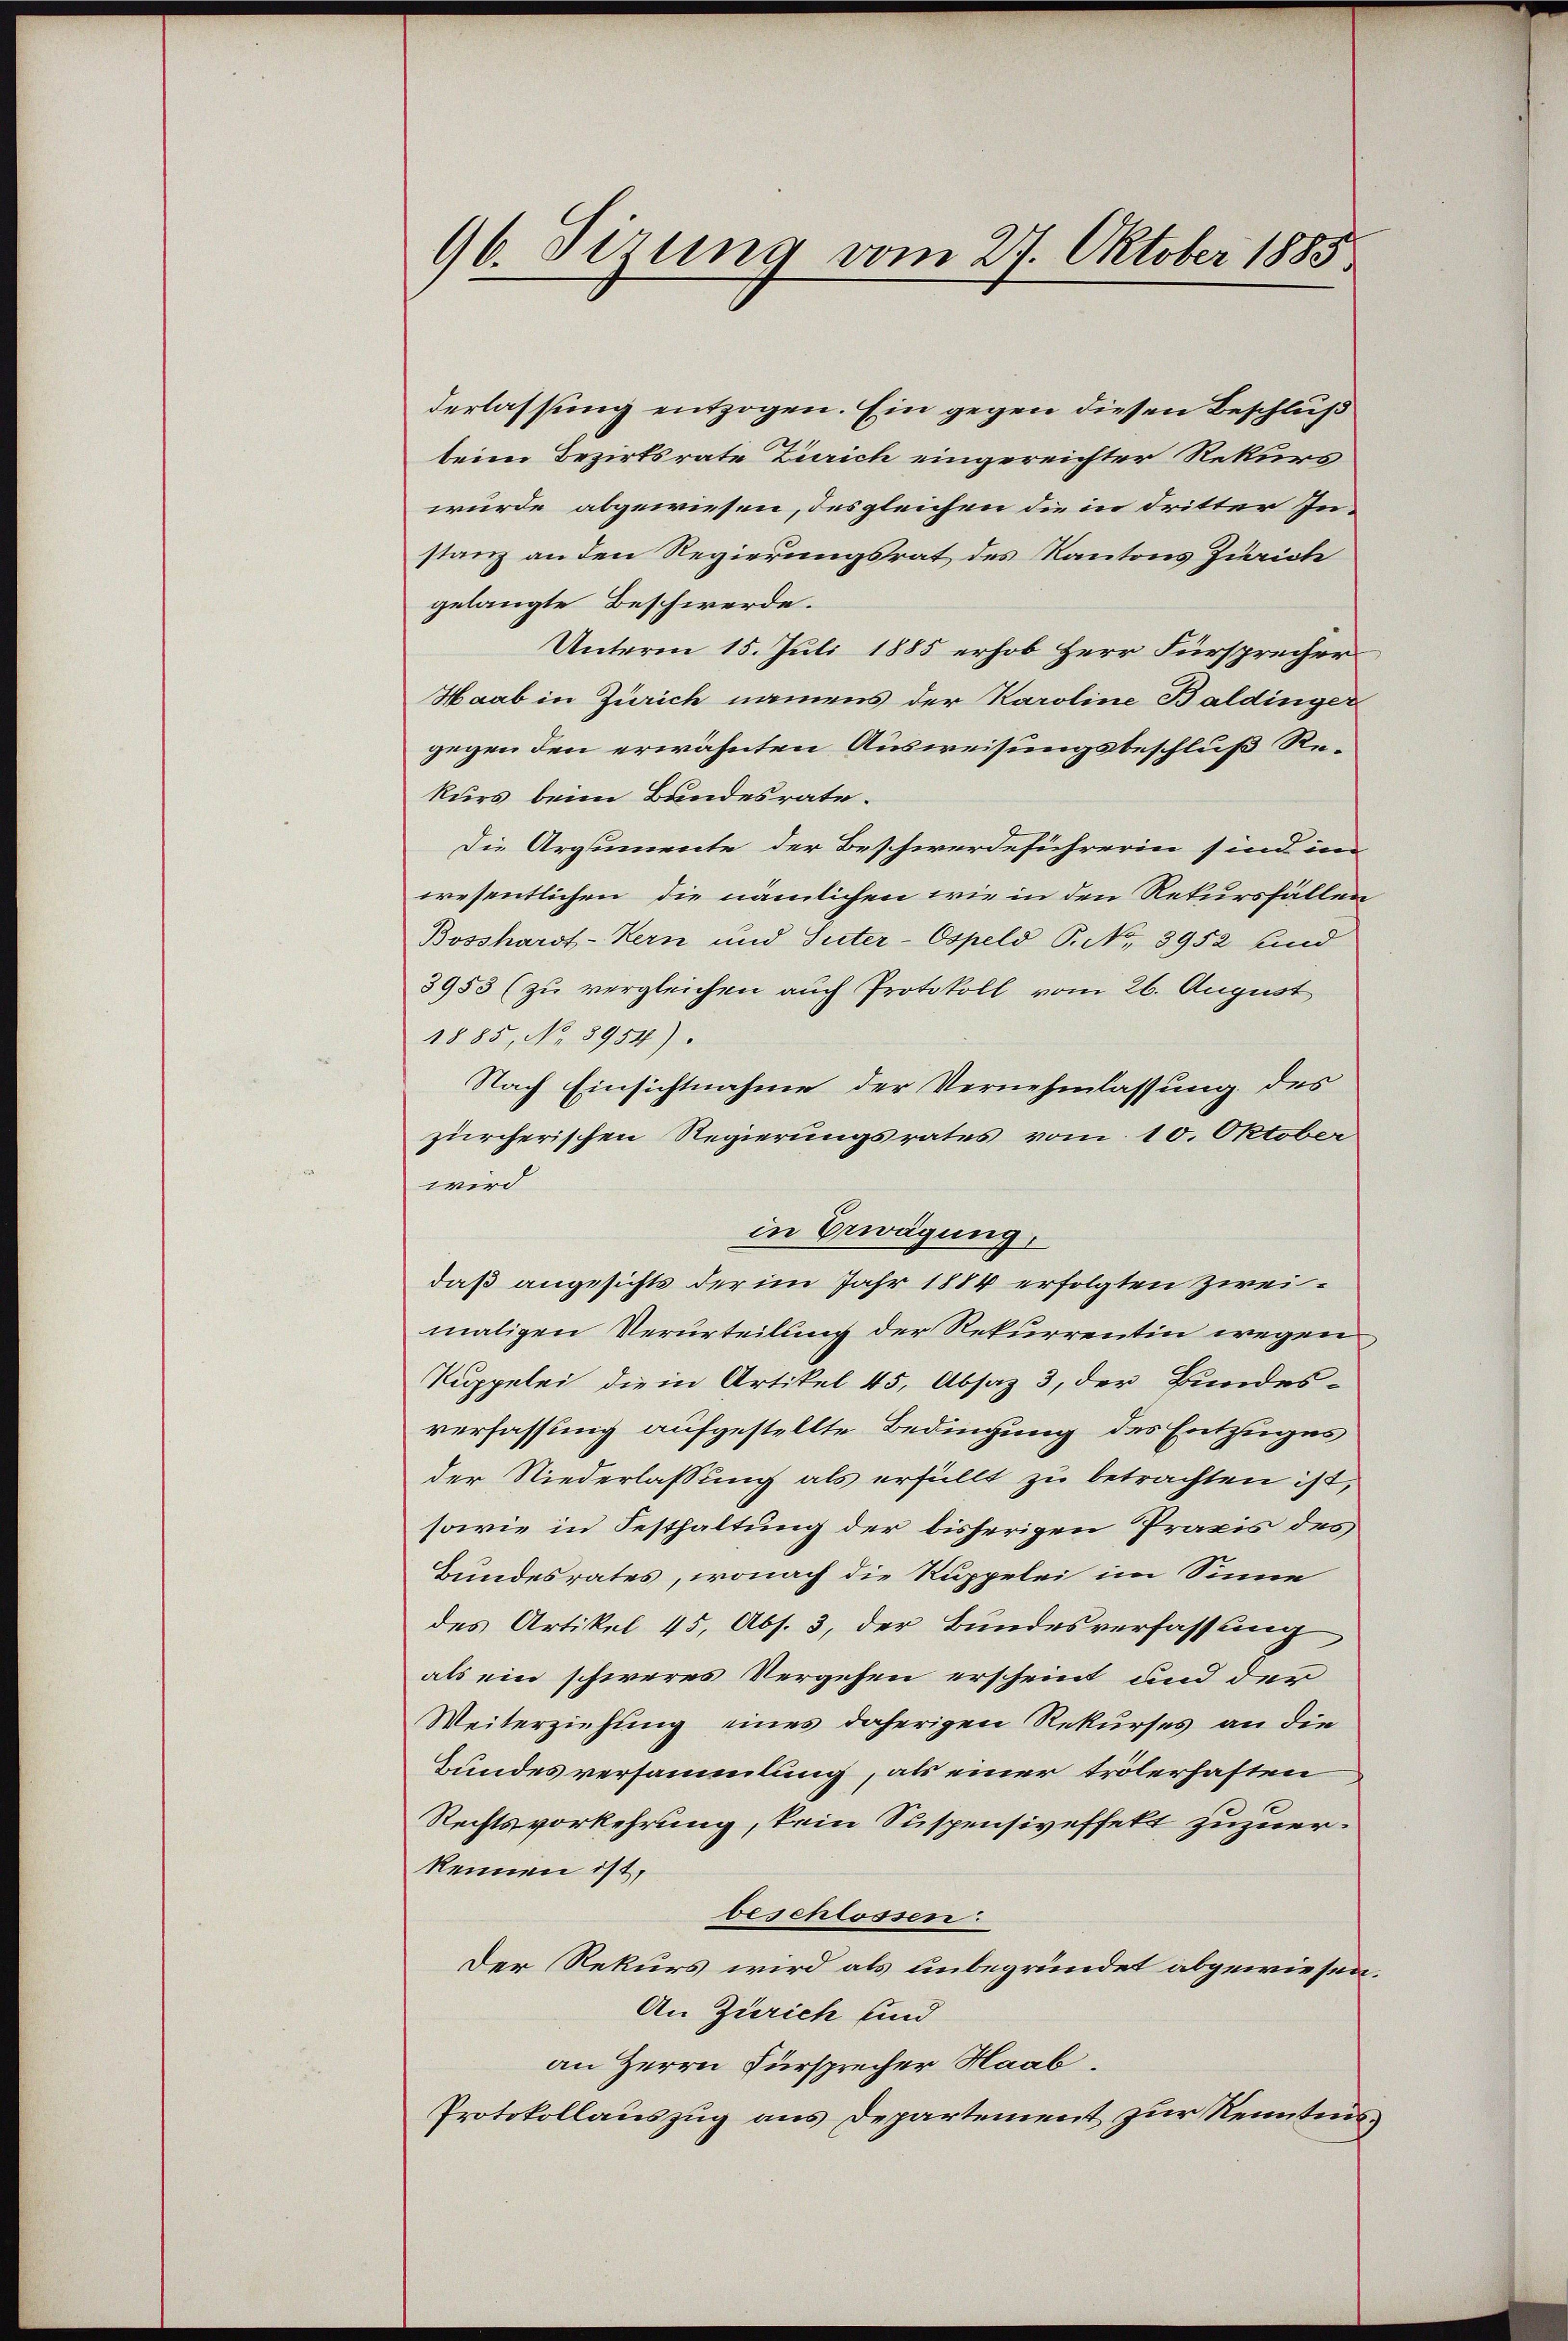
96. Sizung vom 27. Oktober 1885

derlassung entzogen. Ein gegen diesen Beschluß
beim Bezirksrate Zürich eingereichter Rekurs
wurde abgewiesen, des gleichen die in dritter Instanz an den Regierungsrat des Kantons Zürich
gelangte Beschwerde.
Unterm 15. Juli 1885 erhob Herr Fürsprecher
Haab in Zürich namens der Karoline Baldinger
gegen den erwähnten Ausweisungsbeschluß Rekurs beim Bundesrate.
Die Argumente der Beschwerdeführerin sind im
wesentlichen, die nämlichen wie in den Rekursfällen
Bosshardt-Kern und Suter-Ospeld P. No. 3952 sind
3953 (zu vergleichen auch Protokoll vom 26. August
1885, No 8954).
Nach Einsichtnahme der Vernehmlassung des
zürcherischen Regierungsrates vom 10. Oktober
wird
in Erwägung,
daß angesichts der im Jahr 1884 erfolgten zweimaligen Verurteilung der Rekurrentin wegen
Kuppelei die in Artikel 45, Absaz 3, der Bundes-
verfassung aufgestellte Bedingung des Entzuges
der Niederlassung als erfüllt zu betrachten ist,
sowie in Festhaltung der bisherigen Praxis des
Bundesrates, wonach die Ruppelei im Sinne
des Artikel 45, Abs. 3, der Bundesverfassung
als ein schweres Vergehen erscheint und der
Weiterziehung eines daherigen Rekurses an die
Bundesversammlung, als einer trölerhaften
Rechtsvorkehrung, kein Suspensiveffekt zuzuerkennen ist,
beschlossen:
Der Rekurs wird als unbegründet abgewiesen.
An Zürich und
an Herrn Fürsprecher Haab.
Protokollauszug aus Departement zur Kenntnis,